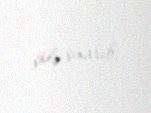
çölə çıxarıb.